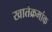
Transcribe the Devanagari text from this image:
खातेक्रमांक